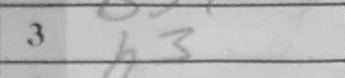
Transcription: h3